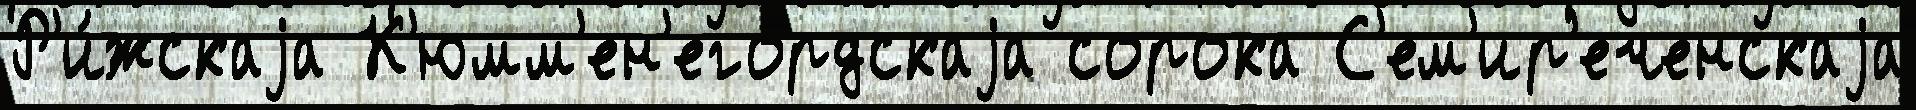
Р'и́жскаjа К'юмм'ен'егордскаjа сорока С'ем'ир'еченскаjа